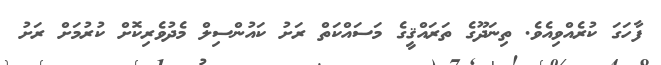
ފާހަގަ ކުރެއްވިއެވެ. ތިނަދޫގެ ތަރައްޤީގެ މަސައްކަތް ރަށު ކައުންސިލް މެދުވެރިކޮށް ކުރުމަށް ރަށު